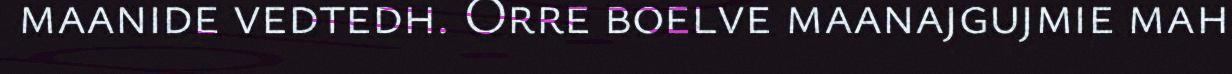
maanide vedtedh. Orre boelve maanajgujmie mah